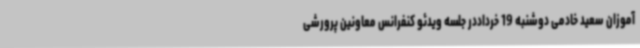
آموزان سعید خادمی دوشنبه 19 خرداددر جلسه ویدئو کنفرانس معاونین پرورشی